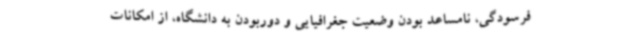
فرسودگی، نامساعد بودن وضعیت جغرافیایی و دوربودن به دانشگاه، از امکانات